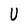
Character: U